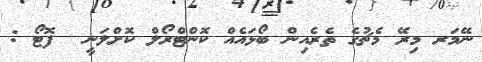
ނޭމަރ މިރޭ މެޗުގެ ތެރެއިން ބޯޅައެއް ކޮންޓްރޯލް ކޮށްލަނީ  ފޮޓޯ :